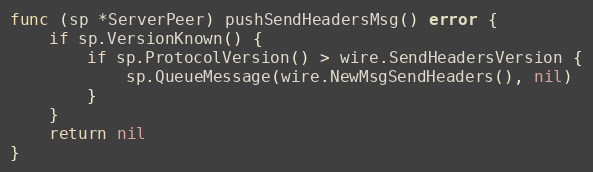
Language: Go
func (sp *ServerPeer) pushSendHeadersMsg() error {
	if sp.VersionKnown() {
		if sp.ProtocolVersion() > wire.SendHeadersVersion {
			sp.QueueMessage(wire.NewMsgSendHeaders(), nil)
		}
	}
	return nil
}